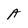
Character: A